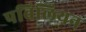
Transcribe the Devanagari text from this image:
पविलियन